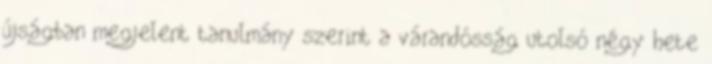
újságban megjelent tanulmány szerint a várandósság utolsó négy hete